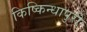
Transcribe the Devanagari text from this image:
किष्किन्धापुरी